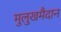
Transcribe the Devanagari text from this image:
मुलुखमैदान